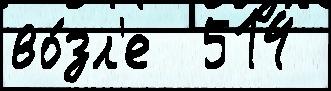
во́зл'е  514